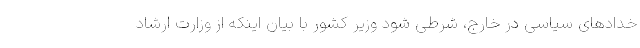
خدادهای سیاسی در خارج، شرطی شود وزیر کشور با بیان اینکه از وزارت ارشاد